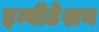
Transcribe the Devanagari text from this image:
इन्वीटेशन